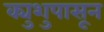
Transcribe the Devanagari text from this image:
क्युशुपासून